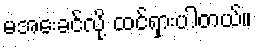
မအေးခင်လို့ ထင်ရှားပါတယ်။